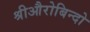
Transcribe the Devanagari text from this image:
श्रीऔरोबिन्दो